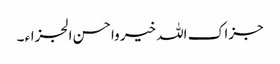
جزاک اللہ خیر واحسن الجزاء ۔